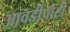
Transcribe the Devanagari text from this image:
आवडीपोटी